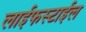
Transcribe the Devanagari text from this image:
लाईफस्टाईल